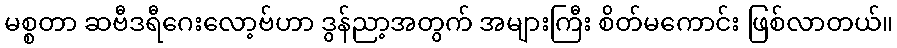
မစ္စတာ ဆဗီဒရီဂေးလော့ဗ်ဟာ ဒွန်ညာ့အတွက် အများကြီး စိတ်မကောင်း ဖြစ်လာတယ်။